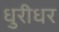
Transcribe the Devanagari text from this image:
धुरीधर